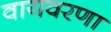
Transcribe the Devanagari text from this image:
वायवरणा